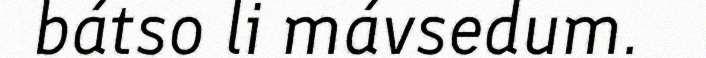
bátso li mávsedum.